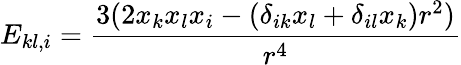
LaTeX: E_{kl,i}=\frac{3(2x_{k}x_{l}x_{i}-(\delta_{ik}x_{l}+\delta_{il}x_{k})r^{2})}{r^{4}}